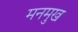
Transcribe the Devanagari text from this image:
मनमुख